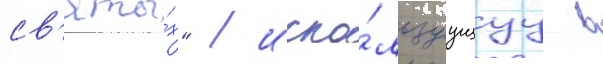
св'яты́х" / испо́льзуущуу в